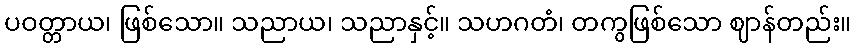
ပဝတ္တာယ၊ ဖြစ်သော။ သညာယ၊ သညာနှင့်။ သဟဂတံ၊ တကွဖြစ်သော ဈာန်တည်း။